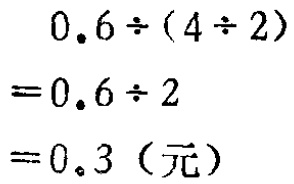
\[

\begin{align*}

0.6\div(4\div2)&\\

=0.6\div2&\\

=0.3\ (\text{元})&

\end{align*}

\]